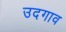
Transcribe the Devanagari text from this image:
उदगाव